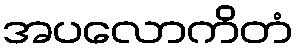
အပလောကိတံ